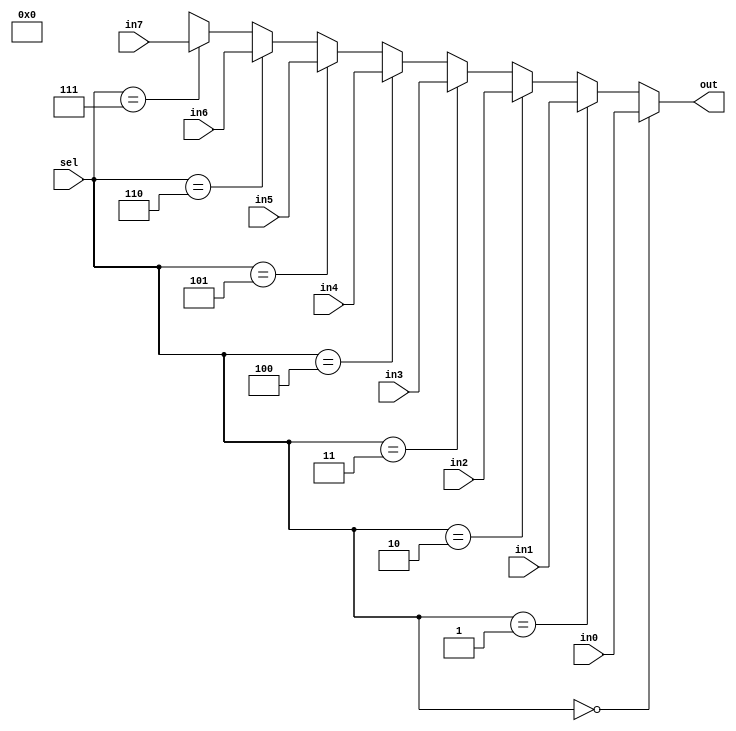
module mux_4bits #(parameter regNumnber=8 ,regBits =16 )(out,in0,in1,in2,in3,in4,in5,in6,in7, sel);
  input [regBits-1:0] in0 ;
  input [regBits-1:0] in1 ;
  input [regBits-1:0] in2 ;
  input [regBits-1:0] in3 ;
  input [regBits-1:0] in4 ;
  input [regBits-1:0] in5 ;
  input [regBits-1:0] in6 ;
  input [regBits-1:0] in7 ;
  input [$clog2(regNumnber)-1:0] sel;
  output [regBits-1:0] out;
  assign out =
    (sel == 0) ? in0 :
    (sel == 1) ? in1 :
    (sel == 2) ? in2 :
    (sel == 3) ? in3 :
    (sel == 4) ? in4 :
    (sel == 5) ? in5 :
    (sel == 6) ? in6 :
    (sel == 7) ? in7 : 4'bx;
endmodule